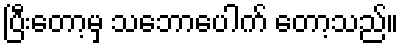
ပြီးတော့မှ သဘောပေါက် တော့သည်။